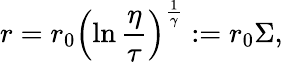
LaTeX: r=r_{0}\left(\ln\frac{\eta}{\tau}\right)^{\frac{1}{\gamma}}:=r_{0}\Sigma,